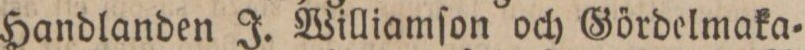
Handlanden J. Williamſon och Gördelmaka=